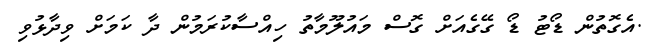
.އެގޮތުން ޑޯޓު ޑޯ ގޭގެއަށް ގޮސް މައުލޫމާތު ހިއްސާކުރަމުން ދާ ކަމަށް ވިދާޅުވި